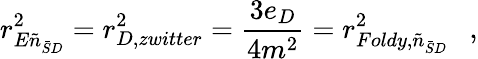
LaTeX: r_{E\tilde{n}_{\bar{S}D}}^{2}=r_{D,zwitter}^{2}={\frac{3e_{D}}{4m^{2}}}=r_{Foldy,\tilde{n}_{\bar{S}D}}^{2}~~~,